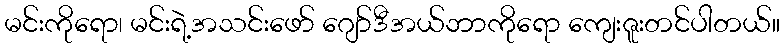
မင်းကိုရော၊ မင်းရဲ့အသင်းဖော် ဂျော်ဒီအယ်ဘာကိုရော ကျေးဇူးတင်ပါတယ်။